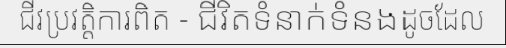
ជីវប្រវត្តិការពិត - ជីវិតទំនាក់ទំនងដូចដែល